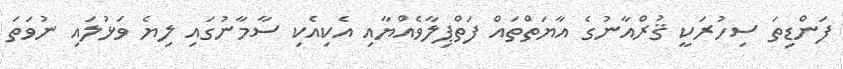
ފަންޑިތަ ސިހުރަކީ ޤުރްއާނުގެ އާޔަތްތައް ފަތްޕިލާވެއްޔާއި އެކިއެކި ސާމާނުގައި ލިޔެ ވަޅުލައި ނުވަތަ